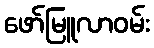
ဖော်မြူလာဝမ်း